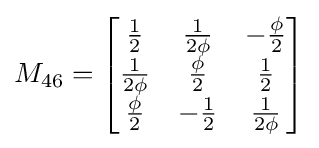
M_{46}={\begin{bmatrix}{\frac {1}{2}}&{\frac {1}{2\phi }}&-{\frac {\phi }{2}}\\{\frac {1}{2\phi }}&{\frac {\phi }{2}}&{\frac {1}{2}}\\{\frac {\phi }{2}}&-{\frac {1}{2}}&{\frac {1}{2\phi }}\end{bmatrix}}